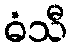
ဓံသီ